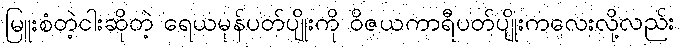
မြူးစံတဲ့ငါးဆိုတဲ့ ရေယမုန်ပတ်ပျိုးကို ဝိဇယကာရီပတ်ပျိုးကလေးလို့လည်း